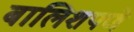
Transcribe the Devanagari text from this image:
बालिशपणे